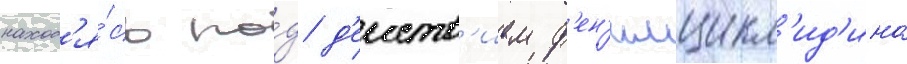
наход'я́сь по́д д'еиств'ием ф'ен'илцикл'ид'ина